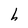
Character: h